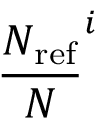
\frac { N _ { \mathrm { r e f } } } { N } ^ { i }